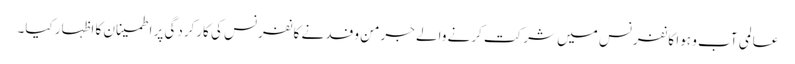
عالمی آب و ہوا کانفرنس میں شرکت کرنے والے جرمن وفد نے کانفرنس کی کارکردگی پر اطمینان کا اظہار کیا۔